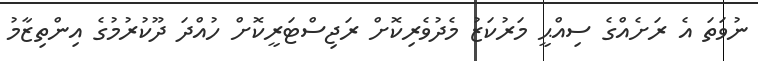
ނުވަތަ އެ ރަށެއްގެ ސިއްޙީ މަރުކަޒު މެދުވެރިކޮށް ރަޖިސްޓަރީކޮށް ހުއްދަ ދޫކުރުމުގެ އިންތިޒާމު